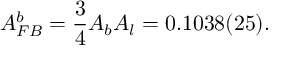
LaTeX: A _ { F B } ^ { b } = \frac { 3 } { 4 } A _ { b } A _ { l } = 0 . 1 0 3 8 ( 2 5 ) .